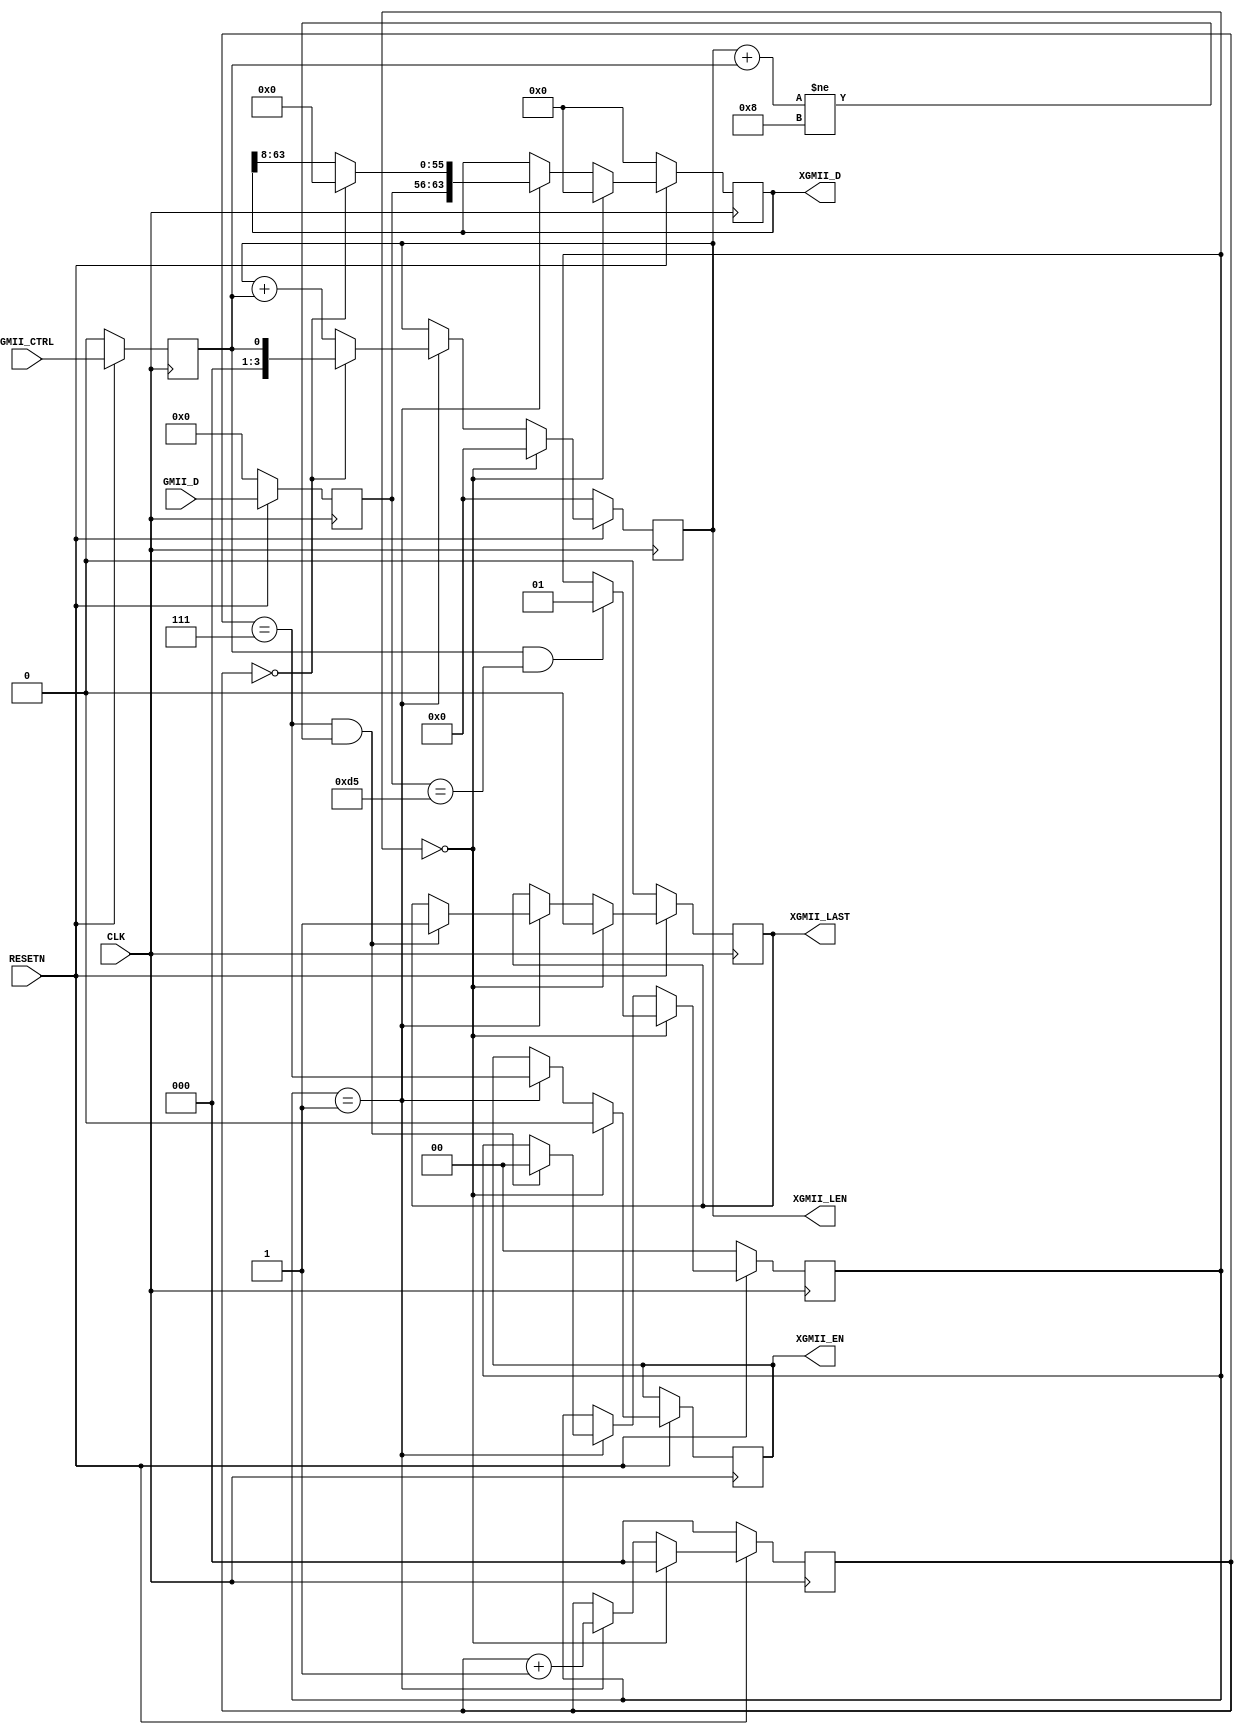

// Copyright (C) Akira Higuchi  ( https://github.com/ahiguti )
// Copyright (C) DeNA Co.,Ltd. ( https://dena.com )
// All rights reserved.
// See COPYRIGHT.txt for details


module gmii_to_xgmil(
input CLK,
input RESETN,
input GMII_CTRL,
input [7:0] GMII_D,
output [3:0] XGMII_LEN,
output [63:0] XGMII_D,
output XGMII_EN,
output XGMII_LAST
);

reg gmii_ctrl;
reg [7:0] gmii_d;
reg [3:0] xgmii_len;
reg [63:0] xgmii_d;
reg xgmii_en;
reg xgmii_last;
reg [2:0] offset;
reg [1:0] state;

assign XGMII_LEN = xgmii_len;
assign XGMII_D = xgmii_d;
assign XGMII_EN = xgmii_en;
assign XGMII_LAST = xgmii_last;

always @(posedge CLK) begin
    if (!RESETN) begin
        gmii_ctrl <= 0;
        gmii_d <= 0;
        xgmii_len <= 0;
        xgmii_d <= 0;
        xgmii_last <= 0;
        offset <= 0;
        state <= 0;
    end else begin
        gmii_ctrl <= GMII_CTRL;
        gmii_d <= GMII_D;
        if (state == 0) begin
            xgmii_d <= 0;
            xgmii_len <= 0;
            xgmii_last <= 0;
	    xgmii_en <= 0;
            offset <= 0;
            if (gmii_ctrl == 1 && gmii_d == 8'hd5) begin
                state <= 1;
            end
        end else if (state == 1) begin
	    offset <= offset + 1; // mod 8
            if (offset == 0) begin
                xgmii_d <= { gmii_d[7:0], 56'h0 };
                xgmii_len <= gmii_ctrl;
            end else begin
                xgmii_d <= { gmii_d[7:0], xgmii_d[63:8] };
                xgmii_len <= xgmii_len + gmii_ctrl;
            end
            xgmii_en <= (offset == 7);
            if (offset == 7 && xgmii_len + gmii_ctrl != 8) begin
                xgmii_last <= 1;
                state <= 0;
            end
        end
    end
end

endmodule